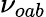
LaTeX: \nu_{oab}